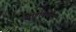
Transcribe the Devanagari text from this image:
सांडविणाऱ्या